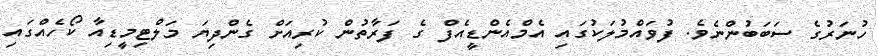
ހުނަރުގެ ސަބަބުންނެވެ. ފުވައްމުލަކުގައި އެމްއެންޑީއެފް ގެ ފަރާތުން ކުރިއަށް ގެންދިޔަ މަލްޓިމީޑިއާ ކޯހެއްގައި